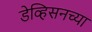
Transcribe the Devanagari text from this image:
डेव्हिसनच्या